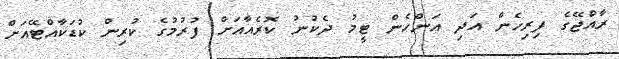
ރާއްޖޭގެ ފިރިހެން އަދި އަންހެން ޓީމު ދެކުނު ކޮރެއާއަށް ފުރުމުގެ ކުރިން ކުޑަކާއްޓޭއަށް